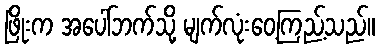
ဖြိုးက အပေါ်ဘက်သို့ မျက်လုံးဝေ့ကြည့်သည်။